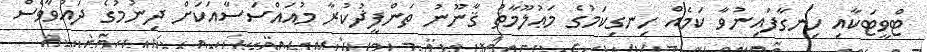
ޓްވީޓަކާއި ހިނގާފައިނުވާ ކަމެއް ހިނގިކަމުގެ މަޢުލޫމާތު ޤާނޫނު ތަންފީޛުކުރާ މުއައްސަސާއަކަށް ދިނުމުގެ ދައުވާވެސް